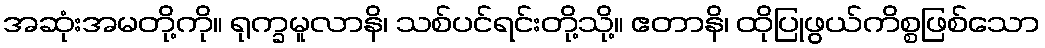
အဆုံးအမတို့ကို။ ရုက္ခမူလာနိ၊ သစ်ပင်ရင်းတို့သို့။ ဧတာနိ၊ ထိုပြုဖွယ်ကိစ္စဖြစ်သော